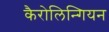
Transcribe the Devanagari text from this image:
कैरोलिन्गियन